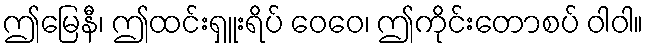
ဤမြေနီ၊ ဤထင်းရှူးရိပ် ဝေဝေ၊ ဤကိုင်းတောစပ် ဝါဝါ။